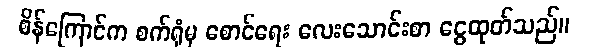
စိန်ကြောင်က စက်ရုံမှ စောင်ရေး လေးသောင်းစာ ငွေထုတ်သည်။